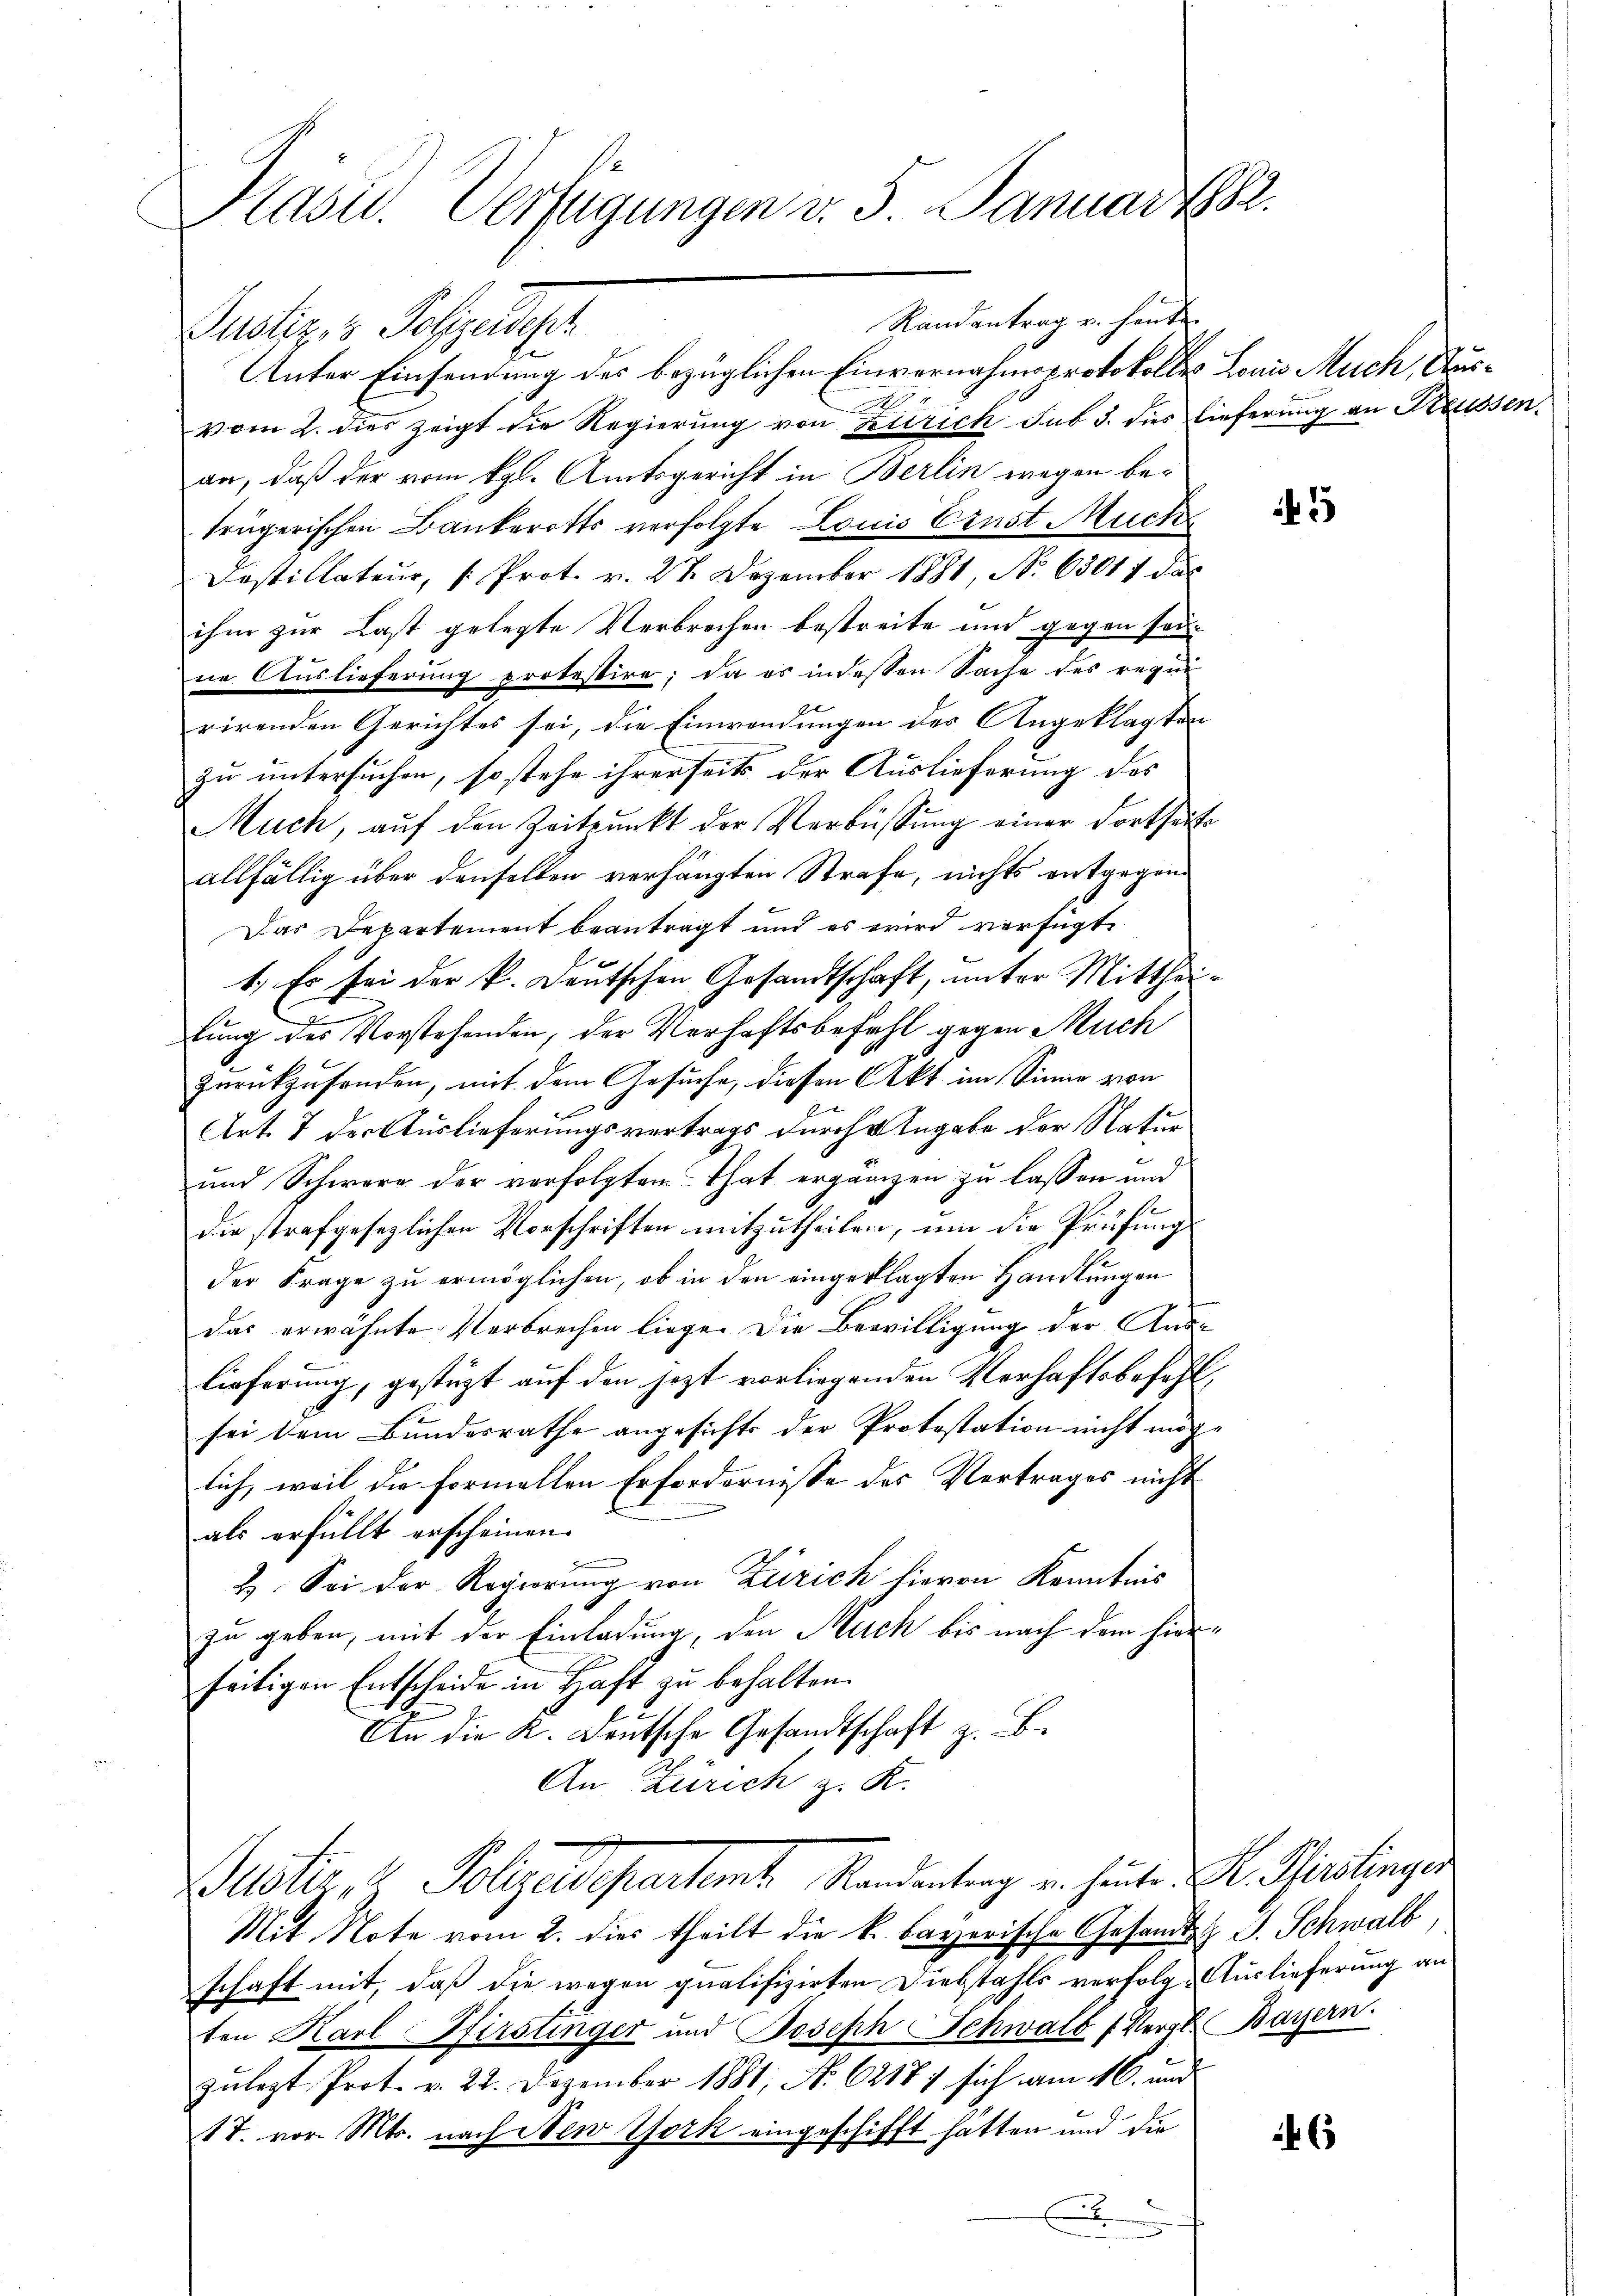
Kasid. Verfügungen v. 5. Januar 1882.

Randantrag u. heute
Pustiz & Polizeidest
Unter Einsendung des bezüglichen Einvernahmsprotokolles Louis Much, Aus¬
N
vom 2. dies zeigt die Regierung von Zürich sub 3. dies lieferung an Preussen.
an, daß der vom kgl. Amtsgericht in Berlin wegen betrügerischen Bankerotts verfolgte Louis Ernst Much
Dastillateur, Prot. v. 27. Dezember 1881, No 63017 das
ihm zur Last gelegte Verbrechen bestreite und gegen sei
ne Auslieferung protestire; da es in dessen Sache des requi
e
rirenden Gerichtes sei, die Einwendungen des Angeklagten
zu untersuchen, so stehe ihrerseits der Auslieferung des
uch, auf den Zeitpunkt der Verbüssung einer dortseits
allfällig über denselben verhängten Strafe, nichts entgegen¬
Das Departement beantragt und es wird verfügt
1.) Es sei der k. Deutschen Gesandtschaft, unter Mittheitung des Vorstehenden, der Verhaftsbefahl gegen Much
zurückzusonden, mit dem Gesuche, diesen Akt im Sinne von
Art. 7 der Auslieferungsvertrags durch Angabe der Natur
und Schwere der verfolgten That ergänzen zu lassen und
die strafgesezlichen Vorschriften mitzutheilen, um die Prüfungs
der Frage zu ermöglichen, ob in den eingeklagten Handlungen
das erwähnte Verbrechen liege. Die Bewilligung der Ande
Lieferung, gestüzt auf den jezt vorliegenden Verhaftsbefehl,
sei dem Bundesrathe angesichts der Protestation nicht mög
lich, weil die formellen Erfordernisse des Vertrages nicht
als erfüllt erscheinen.
2. Sei der Regierŭng von Zürich hievon Kenntnis
zu geben, mit der Einladung, den Auch bis nach dem hierseitigen Entscheide in Haft zu behalten.
An die K. Deutsche Gesandtschaft z. B.
An Zürich z. K.
Suster, v. Polizeidepartamt Randentrag u. heute A. Sieslingen
Mit Note vom 2. dies theilt die k. bayerische Gesandts G. Schwalb,
schaft mit, daß die wegen qualifizirten Diebstahls verfolge Auslieferung an
ten Karl Hirstinger und Joseph Schwald (Vergl. Bayern.
zulezt Prot. v. 22. Dezember 1881, No 62177 sich am 16. und
17. vor. Mts. nach New York eingeschifft hatten und die
x

5

6